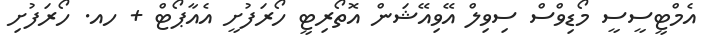
އެމްޓީސީސީ މޯޑިވްސް ސިވިލް އޭވިއޭޝަން އޮތޯރިޓީ ހޯރަފުށީ އެއާޕޯޓް + ހއ. ހޯރަފުށި